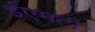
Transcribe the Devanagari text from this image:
ईएमटी